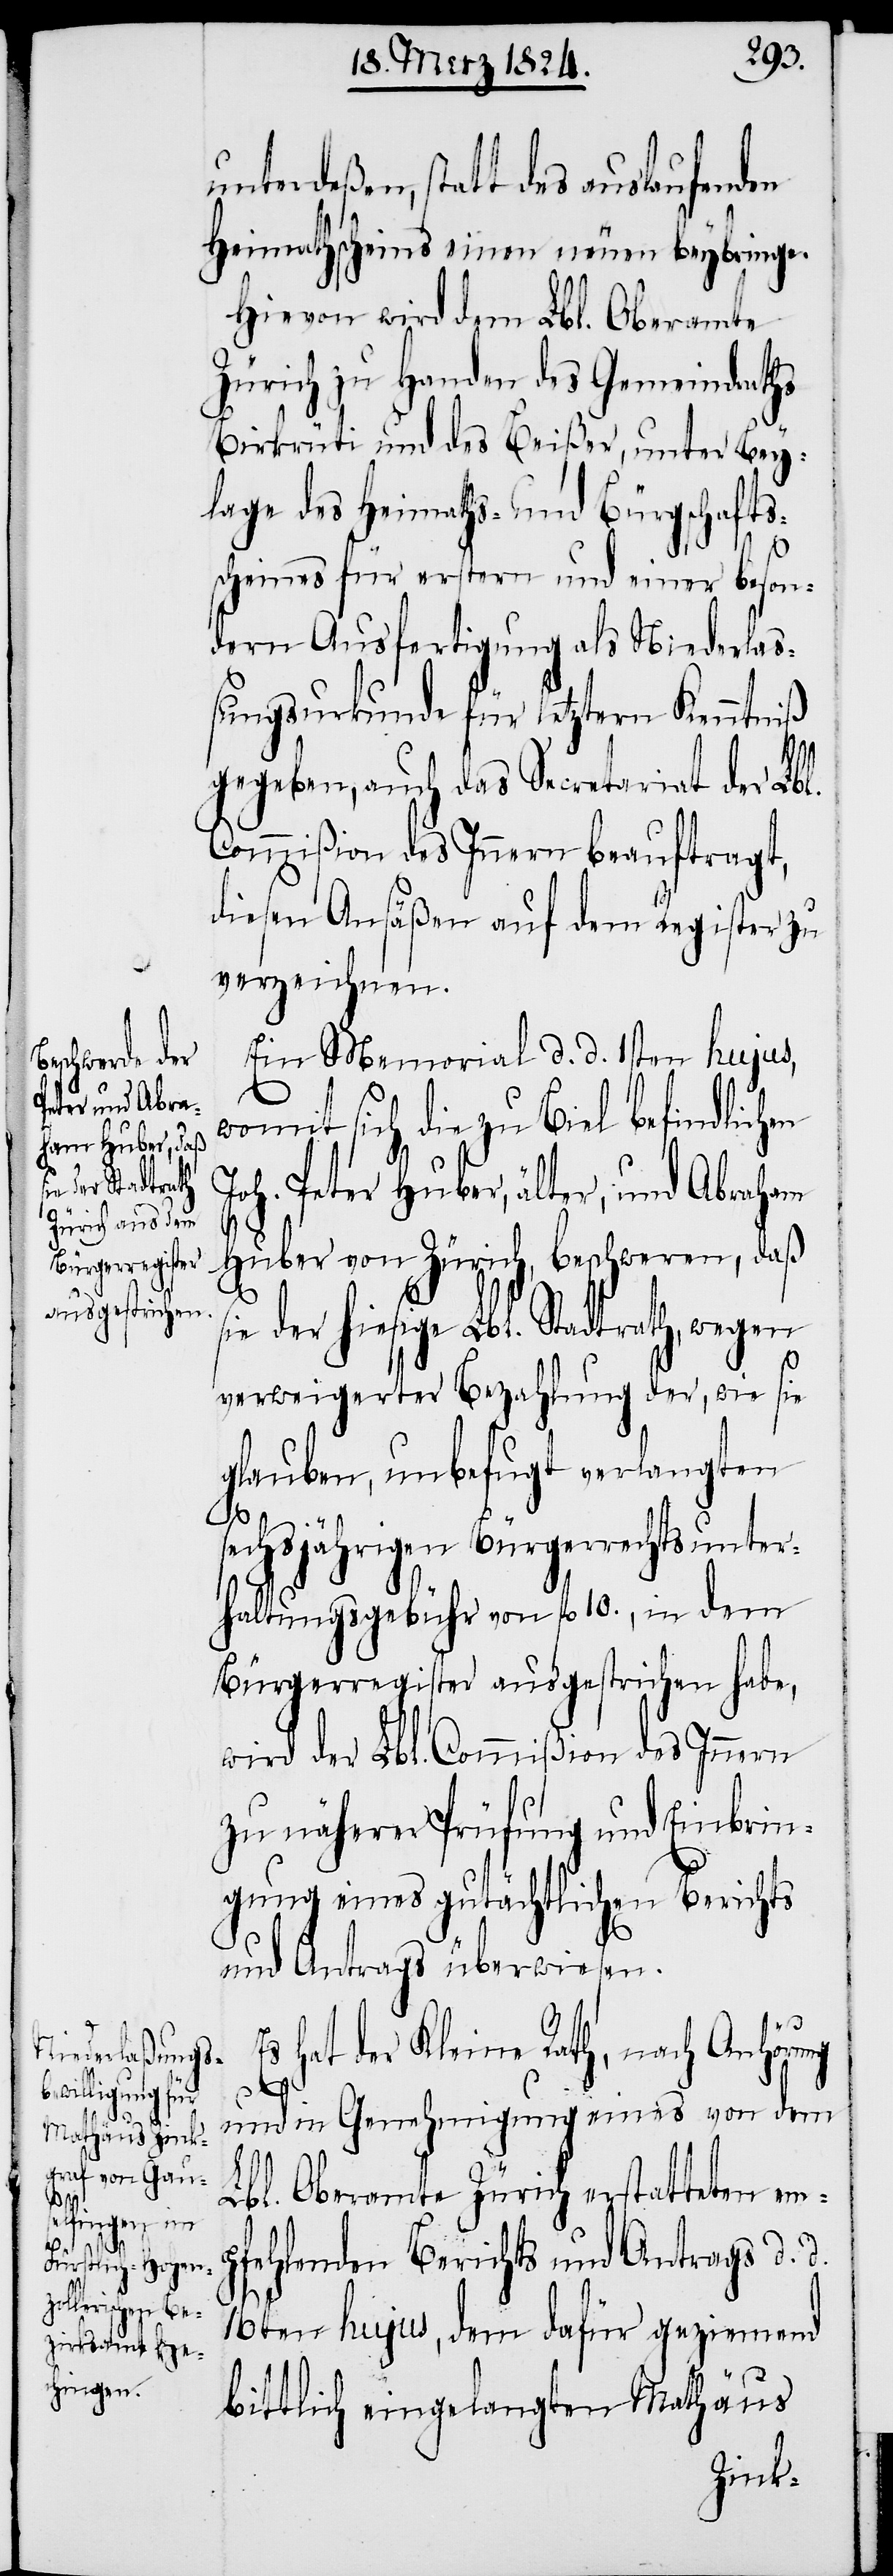
unterdeßen, statt des auslaufenden
Heimathscheins einen neuen beybringe.
Hievon wird dem Lbl. Oberamte
Zürich zu Handen des Gemeindraths
Birkrüti und des Beißer, unter Bey¬
lage des Heimaths- und Bürgschafts¬
scheines für erstern und einer beson¬
dern Ausfertigung als Niederla¬
ßungsurkunde für letztern Kenntniß
gegeben, auch das Secretariat der Lbl.
Commißion des Innern beauftragt,
diesen Ansäßen auf dem Register zu
verzeichnen.
Ein Memorial d. d. 1sten hujus,
womit sich die zu Biel befindlichen
Joh. Peter Huber, älter, und Abraham
Huber von Zürich, beschweren, daß
ie der hiesige Lbl. Stadtrath, wegen
verweigerter Bezahlung der, wie sie
glauben, unbefugt verlangten
s¬
sechsjährigen Bürgerrechtsunter¬
haltungsgebühr von fl. 10., in dem
Bürgerregister ausgestrichen habe,
wird der Lbl. Commißion des Innern
zu näherer Prüfung und Einbrin¬
gung eines gutächtlichen Berichts
und Antrags überwiesen.
hat der Kleine Rath, nach Anhöru¬
ng
und in Genehmigung eines von dem
Lbl. Oberamte Zürich erstatteten em¬
pfehlenden Berichts und Antrags d. d.
16ten hujus, dem dafür geziemend
bittlich eingelangten Matthäus